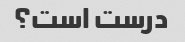
درست است؟